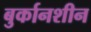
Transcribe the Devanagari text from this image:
बुर्कानशीन